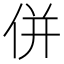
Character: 併